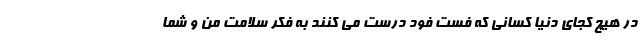
در هیچ کجای دنیا کسانی که فست فود درست می کنند به فکر سلامت من و شما